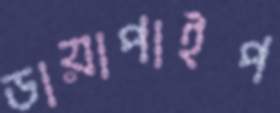
ডায়াপাইপ